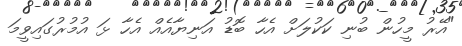
"އޭރު މީހުން ބުނި ކަކުލަށް އެހާ ބޮޑު އަނިޔާއެއް އެހާ ޅަ އުމުރުގައިވީމަ